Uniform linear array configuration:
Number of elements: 16
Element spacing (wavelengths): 0.5
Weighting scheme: hamming
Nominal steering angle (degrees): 45
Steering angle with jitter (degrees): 44.211
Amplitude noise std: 0.05
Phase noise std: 0.05

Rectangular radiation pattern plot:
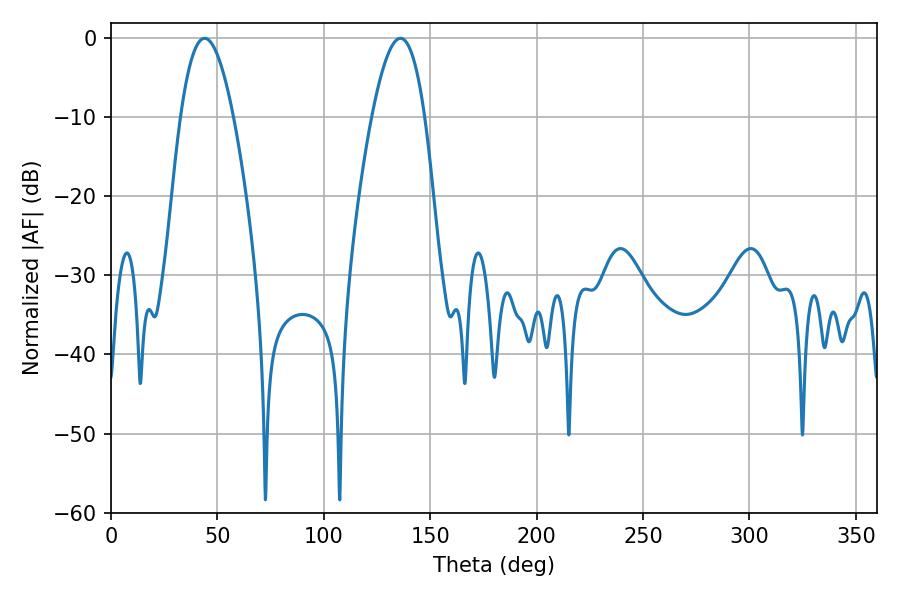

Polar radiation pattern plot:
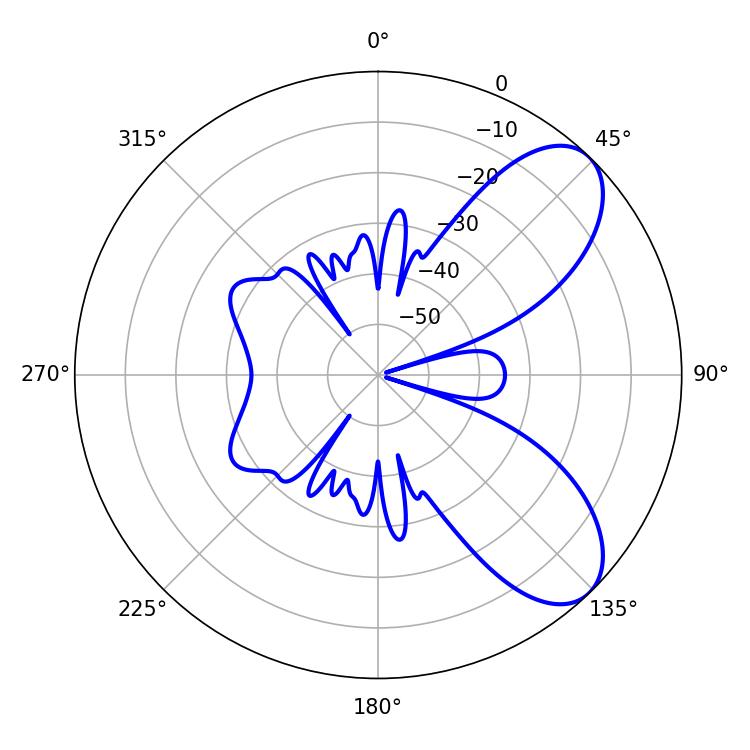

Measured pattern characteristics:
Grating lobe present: FALSE
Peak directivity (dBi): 7.503
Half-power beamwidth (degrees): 13.5
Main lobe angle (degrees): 43.92